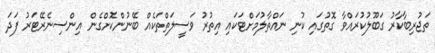
ތަޖުރިބާކާރު ގަބޫލުކުރައްވާ ގޮތުގައި ކުނި ނައްތާލުމަށްޓަކައި އިތުރު ވަސީލަތްތަކެއް ބޭނުންކޮށްގެން އިންސިނެރޭޓަރު ފަދަ